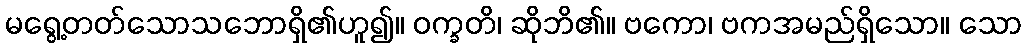
မရွေ့တတ်သောသဘောရှိ၏ဟူ၍။ ဝက္ခတိ၊ ဆိုဘိ၏။ ဗကော၊ ဗကအမည်ရှိသော။ သော